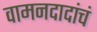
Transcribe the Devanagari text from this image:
वामनदादांचं